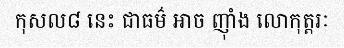
កុសល៨ នេះ ជាធម៌ អាច ញ៉ាំង លោកុត្តរៈ